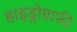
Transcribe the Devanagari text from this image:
हाइड्रोग्राफी